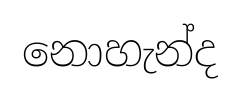
නොහැන්ද